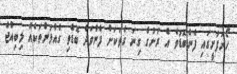
ހޯރަފުށީގައި ފެންބޮޑުވެ އެ ރަށުގެ ގިނަ ގެތަކަށް ފެންވަދެ ބޮޑެތި ގެއްލުންތަކެއް ލިބިއްޖެ